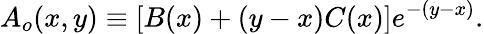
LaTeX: A_{o}(x,y)\equiv[B(x)+(y-x)C(x)]e^{-(y-x)}.